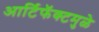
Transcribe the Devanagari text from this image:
आर्टिफॅक्टमुळे